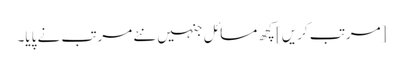
[مرتب کریں] کچھ مسائل جنہیں نئے مرتب نے پایا۔